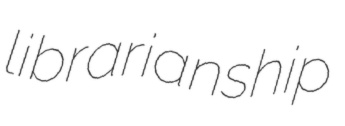
librarianship